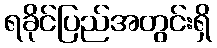
ရခိုင်ပြည်အတွင်းရှိ